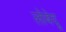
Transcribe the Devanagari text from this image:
लोबेदू